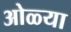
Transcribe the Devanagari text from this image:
ओळ्या